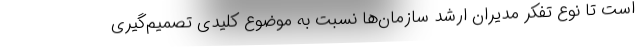
است تا نوع تفکر مدیران ارشد سازمان‌ها نسبت به موضوع کلیدی تصمیم‌گیری